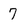
Character: 7